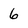
Character: 6